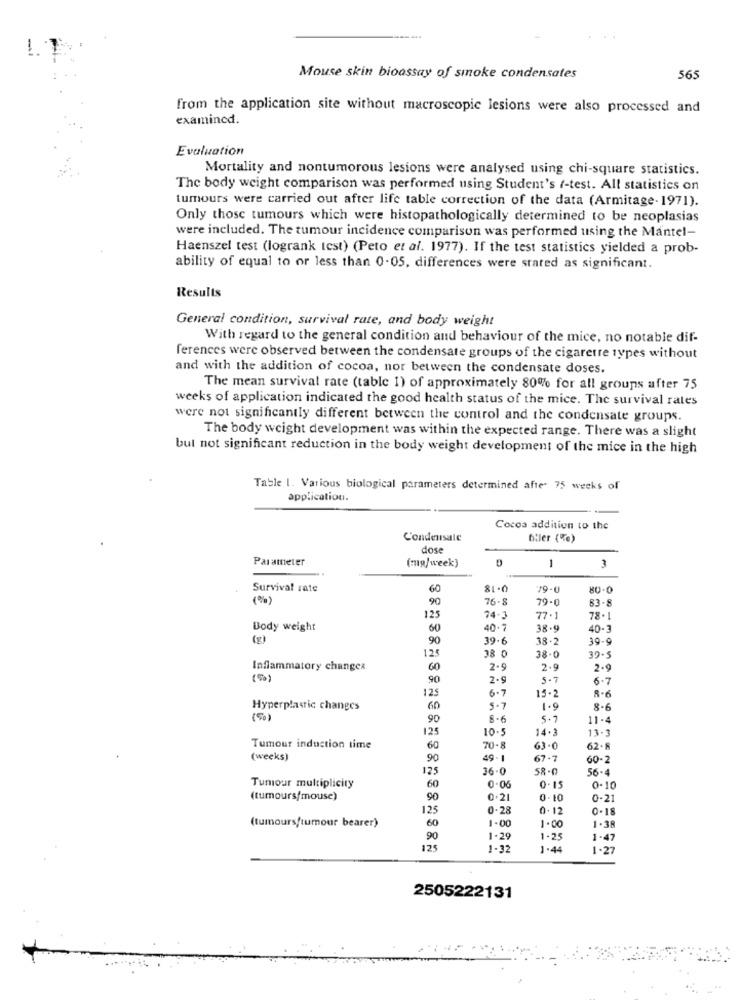
Mouse skin bioassay of smoke condensates
565
from the application site without macroscopic lesions were also processed and
examined.
Evaluation
Mortality and nontumorous lesions were analysed using chi-square statistics.
The body weight comparison was performed using Student's t-test. All statistics on
tumours were carried out after life table correction of the data (Armitage- 1971).
Only those tumours which were histopathologically determined to be neoplasias
were included. The tumour incidence comparison was performed using the Mantel-
Haenszel test (logrank test) (Peto et al. 1977). If the test statistics yielded a prob-
ability of equal to or less than 0-05, differences were stated as significant.
Results
General condition, survival rate, and body weight
With regard to the general condition and behaviour of the mice, no notable dif-
ferences were observed between the condensate groups of the cigarette types without
and with the addition of cocoa, nor between the condensate doses.
The mean survival rate (table 1) of approximately 80% for all groups after 75
weeks of application indicated the good health status of the mice. The survival rates
were not significantly different between the control and the condensate groups.
The body weight development was within the expected range. There was a slight
but not significant reduction in the body weight development of the mice in the high
Table 1. Various biological parameters determined after 75 weeks of
application.
Cocos addition to the
Condensate
filler (%)
dose
Parameter
(mg/week)
1
3
Survival rate
60
79-0
80-0
90
76.8
79-0
83-8
125
74.3
77.
78.
Body weight
60
40.7
38.9
40-3
(g)
90
39.6
38.
39-9
125
38 0
38.0
39-5
Inflammatory changea
60
2.9
2.9
2.9
( %)
,90
2.5
5 -7
6-7
125
6.7
15-2
8-6
Hyperplastic changes
60
5.7
8-6
(5)
90
8 -6
5.7
11-4
125
10-5
14.
13.3
Tumour induction time
60
70.
63-0
62.8
(weeks)
90
49- 1
67-7
50-2
125
36-0
58-0
56-4
Tumour multiplicity
60
0.06
0.15
0-10
(tumours/mouse)
90
0.21
0.10
0-21
125
0-28
0.12
0-18
(tumours/tumour bearer)
1.00
1.38
60
90
1 -29
1.2
1.47
125
1-32
1.44
1.27
2505222131